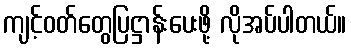
ကျင့်ဝတ်တွေပြဋ္ဌာန်းပေးဖို့ လိုအပ်ပါတယ်။